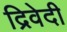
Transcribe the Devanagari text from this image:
द्रिवेदी